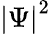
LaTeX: \left|\Psi\right|^{2}